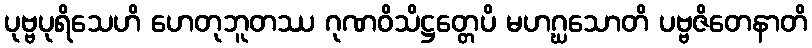
ပုဗ္ဗပုရိသေဟိ ဟေတုဘူတဿ ဂုဏဝိသိဋ္ဌတ္တေပိ မဟဂ္ဃသောတိ ပဗ္ဗဇိတေနာတိ